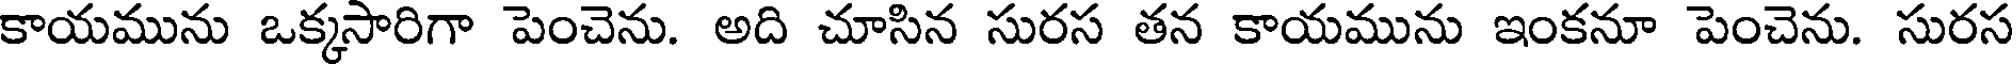
కాయమును ఒక్కసారిగా పెంచెను. అది చూసిన సురస తన కాయమును ఇంకనూ పెంచెను. సురస